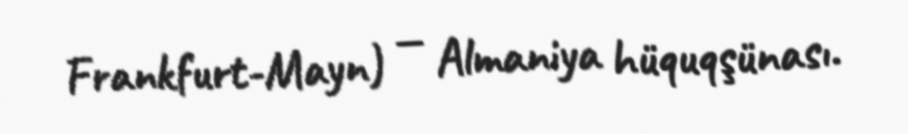
Frankfurt-Mayn) — Almaniya hüquqşünası.